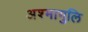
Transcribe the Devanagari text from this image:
अश्मागुलि